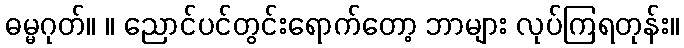
ဓမ္မဂုတ်။ ။ ညောင်ပင်တွင်းရောက်တော့ ဘာများ လုပ်ကြရတုန်း။